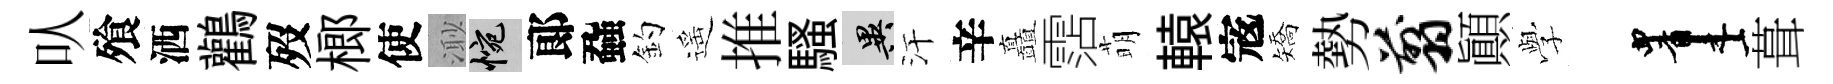
㕥飱洒鸛歿榔使𣺌惋郞蝨釣遥推騷异汗辛矗霑萌轅𡨥矯勢翦顚𫝯画葺